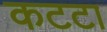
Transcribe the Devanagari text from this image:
कटटा